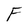
Character: F